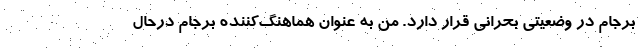
برجام در وضعیتی بحرانی قرار دارد. من به عنوان هماهنگ‌کننده برجام درحال